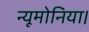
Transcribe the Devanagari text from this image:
न्यूमोनिया।